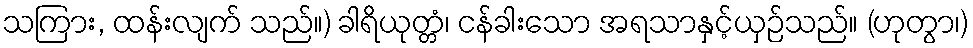
သကြား, ထန်းလျက် သည်။) ခါရိယုတ္တံ၊ ငန်ခါးသော အရသာနှင့်ယှဉ်သည်။ (ဟုတွာ၊)